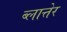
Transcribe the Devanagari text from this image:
ब्लात्तेर